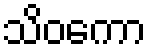
သိဝကော